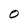
Character: O